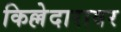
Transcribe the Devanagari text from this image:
किल्लेदारावर